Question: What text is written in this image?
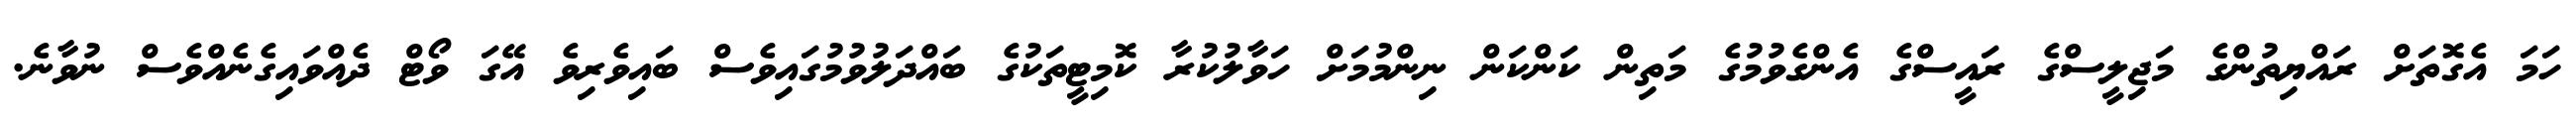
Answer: ހަމަ އެގޮތަށް ރައްޔިތުންގެ މަޖިލީސްގެ ރައީސްގެ އެންގެވުމުގެ މަތިން ކަންކަން ނިންމުމަށް ހަވާލުކުރާ ކޮމިޓީތަކުގެ ބައްދަލުވުމުގައިވެސް ބައިވެރިވެ އޭގަ ވޯޓް ދެއްވައިގެނެއްވެސް ނުވާނެ.